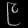
Digit: ၉